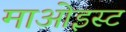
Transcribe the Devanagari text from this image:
माओइस्ट